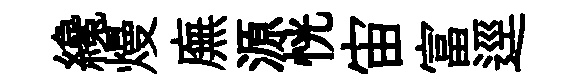
纔熳廡源恍宙富逕